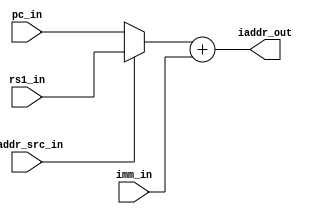
module immediate_adder(
    input [31:0] pc_in,
    input [31:0] rs1_in,
    input [31:0] imm_in,
    input iaddr_src_in,
    
    output [31:0] iaddr_out
    );
    
    // Declaring intermediate net
    wire [31:0] src;
    
    // Mux
    assign src = (iaddr_src_in) ? rs1_in : pc_in;
    
    //Adder module
    assign iaddr_out[31:0] = src[31:0] + imm_in[31:0];
    
endmodule